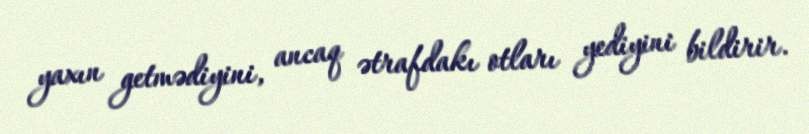
yaxın getmədiyini, ancaq ətrafdakı otları yediyini bildirir.